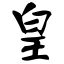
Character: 皇